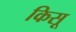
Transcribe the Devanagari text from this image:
किसू